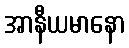
အာနီယမာနော